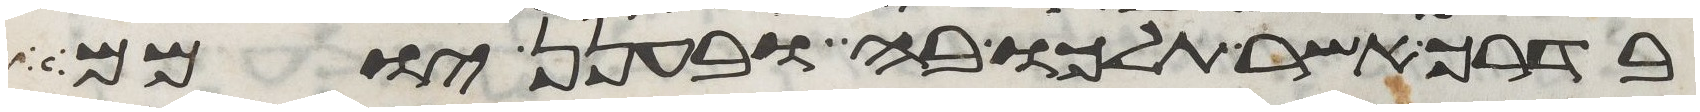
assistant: בדרך אשר תלכו בה ובענן יומם